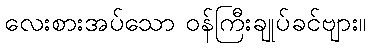
လေးစားအပ်သော ဝန်ကြီးချုပ်ခင်ဗျား။